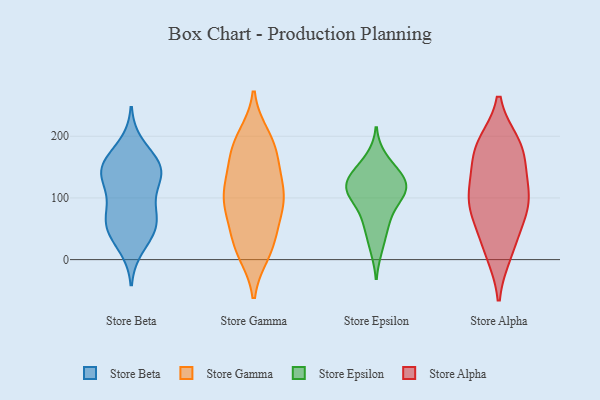
{"axis": {"x": "Market Share (%)", "y": "Value"}, "legend": ["Store Alpha", "Store Beta", "Store Epsilon", "Store Gamma"], "data": [{"x": "", "y": 148, "type": "Store Beta"}, {"x": "", "y": 154, "type": "Store Beta"}, {"x": "", "y": 148, "type": "Store Beta"}, {"x": "", "y": 21, "type": "Store Beta"}, {"x": "", "y": 116, "type": "Store Beta"}, {"x": "", "y": 60, "type": "Store Beta"}, {"x": "", "y": 185, "type": "Store Beta"}, {"x": "", "y": 141, "type": "Store Beta"}, {"x": "", "y": 80, "type": "Store Beta"}, {"x": "", "y": 150, "type": "Store Beta"}, {"x": "", "y": 57, "type": "Store Beta"}, {"x": "", "y": 48, "type": "Store Beta"}, {"x": "", "y": 46, "type": "Store Beta"}, {"x": "", "y": 85, "type": "Store Beta"}, {"x": "", "y": 135, "type": "Store Beta"}, {"x": "", "y": 10, "type": "Store Gamma"}, {"x": "", "y": 100, "type": "Store Gamma"}, {"x": "", "y": 62, "type": "Store Gamma"}, {"x": "", "y": 104, "type": "Store Gamma"}, {"x": "", "y": 90, "type": "Store Gamma"}, {"x": "", "y": 194, "type": "Store Gamma"}, {"x": "", "y": 200, "type": "Store Gamma"}, {"x": "", "y": 142, "type": "Store Gamma"}, {"x": "", "y": 102, "type": "Store Gamma"}, {"x": "", "y": 184, "type": "Store Gamma"}, {"x": "", "y": 46, "type": "Store Gamma"}, {"x": "", "y": 21, "type": "Store Gamma"}, {"x": "", "y": 184, "type": "Store Gamma"}, {"x": "", "y": 147, "type": "Store Gamma"}, {"x": "", "y": 10, "type": "Store Gamma"}, {"x": "", "y": 167, "type": "Store Gamma"}, {"x": "", "y": 30, "type": "Store Gamma"}, {"x": "", "y": 85, "type": "Store Gamma"}, {"x": "", "y": 99, "type": "Store Gamma"}, {"x": "", "y": 125, "type": "Store Gamma"}, {"x": "", "y": 164, "type": "Store Epsilon"}, {"x": "", "y": 19, "type": "Store Epsilon"}, {"x": "", "y": 132, "type": "Store Epsilon"}, {"x": "", "y": 113, "type": "Store Epsilon"}, {"x": "", "y": 98, "type": "Store Epsilon"}, {"x": "", "y": 108, "type": "Store Epsilon"}, {"x": "", "y": 59, "type": "Store Epsilon"}, {"x": "", "y": 58, "type": "Store Epsilon"}, {"x": "", "y": 142, "type": "Store Epsilon"}, {"x": "", "y": 122, "type": "Store Epsilon"}, {"x": "", "y": 131, "type": "Store Epsilon"}, {"x": "", "y": 102, "type": "Store Epsilon"}, {"x": "", "y": 12, "type": "Store Alpha"}, {"x": "", "y": 73, "type": "Store Alpha"}, {"x": "", "y": 117, "type": "Store Alpha"}, {"x": "", "y": 91, "type": "Store Alpha"}, {"x": "", "y": 69, "type": "Store Alpha"}, {"x": "", "y": 186, "type": "Store Alpha"}, {"x": "", "y": 183, "type": "Store Alpha"}, {"x": "", "y": 172, "type": "Store Alpha"}, {"x": "", "y": 117, "type": "Store Alpha"}, {"x": "", "y": 20, "type": "Store Alpha"}, {"x": "", "y": 175, "type": "Store Alpha"}, {"x": "", "y": 102, "type": "Store Alpha"}]}